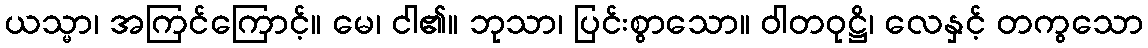
ယသ္မာ၊ အကြင်ကြောင့်။ မေ၊ ငါ၏။ ဘုသာ၊ ပြင်းစွာသော။ ဝါတဝုဋ္ဌိ၊ လေနှင့် တကွသော